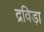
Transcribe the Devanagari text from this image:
द्रविड़ा